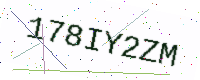
Text: 178IY2ZM